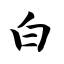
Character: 白